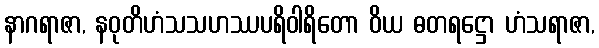
နာဂရာဇာ, နဝုတိဟံသသဟဿပရိဝါရိတော ဝိယ ဓတရဋ္ဌော ဟံသရာဇာ,